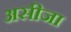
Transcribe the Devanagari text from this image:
असीजा